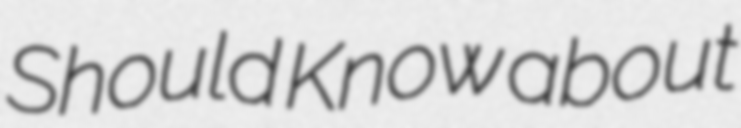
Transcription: Should Know about